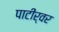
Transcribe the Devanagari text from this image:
पाटीर्वर